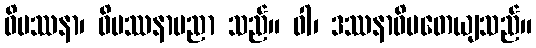
ဝိပဿနာ၊ ဝိပဿနာပညာ သည်။ ဝါ၊ ဒဿနာဓိပတေယျသည်။